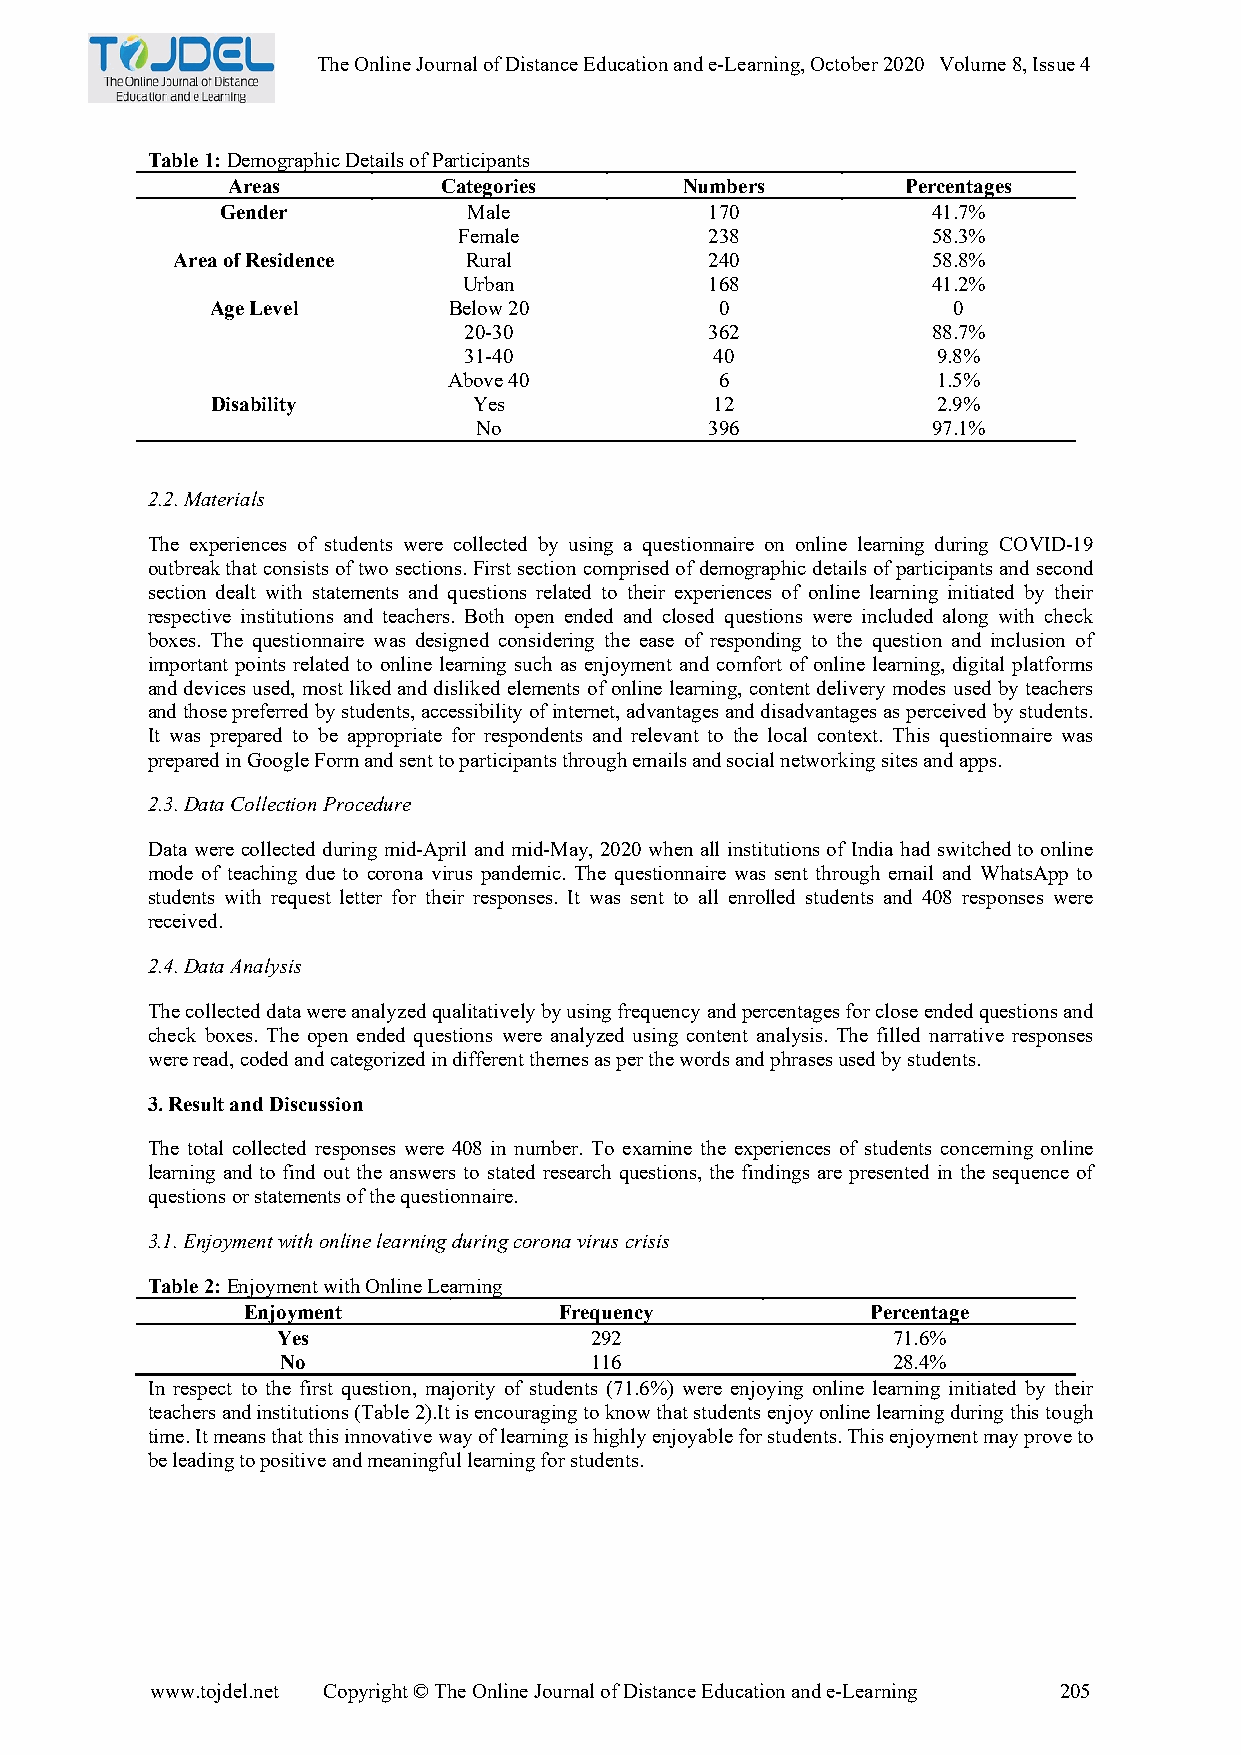
The Online Journal of Distance Education and e-Learning, October 2020 Volume 8, Issue 4
 Table 1: Demographic Details of Participants
 Areas         Categories      Numbers        Percentages
 Gender          Male            170            41.7%
 Female           238            58.3%
 Area of Residence   Rural           240            58.8%
 Urban           168            41.2%
 Age Level       Below 20          0              0
 20-30           362            88.7%
 31-40           40             9.8%
 Above 40          6             1.5%
 Disability       Yes             12             2.9%
 No              396            97.1%
 2.2. Materials
 The experiences of students were collected by using a questionnaire on online learning during COVID-19
 outbreak that consists of two sections. First section comprised of demographic details of participants and second
 section dealt with statements and questions related to their experiences of online learning initiated by their
 respective institutions and teachers. Both open ended and closed questions were included along with check
 boxes. The questionnaire was designed considering the ease of responding to the question and inclusion of
 important points related to online learning such as enjoyment and comfort of online learning, digital platforms
 and devices used, most liked and disliked elements of online learning, content delivery modes used by teachers
 and those preferred by students, accessibility of internet, advantages and disadvantages as perceived by students.
 It was prepared to be appropriate for respondents and relevant to the local context. This questionnaire was
 prepared in Google Form and sent to participants through emails and social networking sites and apps.
 2.3. Data Collection Procedure
 Data were collected during mid-April and mid-May, 2020 when all institutions of India had switched to online
 mode of teaching due to corona virus pandemic. The questionnaire was sent through email and WhatsApp to
 students with request letter for their responses. It was sent to all enrolled students and 408 responses were
 received.
 2.4. Data Analysis
 The collected data were analyzed qualitatively by using frequency and percentages for close ended questions and
 check boxes. The open ended questions were analyzed using content analysis. The filled narrative responses
 were read, coded and categorized in different themes as per the words and phrases used by students.
 3. Result and Discussion
 The total collected responses were 408 in number. To examine the experiences of students concerning online
 learning and to find out the answers to stated research questions, the findings are presented in the sequence of
 questions or statements of the questionnaire.
 3.1. Enjoyment with online learning during corona virus crisis
 Table 2: Enjoyment with Online Learning
 Enjoyment            Frequency            Percentage
 Yes                  292                 71.6%
 No                  116                 28.4%
 In respect to the first question, majority of students (71.6%) were enjoying online learning initiated by their
 teachers and institutions (Table 2).It is encouraging to know that students enjoy online learning during this tough
 time. It means that this innovative way of learning is highly enjoyable for students. This enjoyment may prove to
 be leading to positive and meaningful learning for students.
 www.tojdel.net Copyright © The Online Journal of Distance Education and e-Learning 205